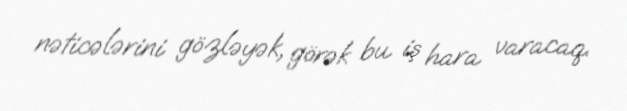
nəticələrini gözləyək, görək bu iş hara varacaq.